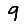
Digit: 9